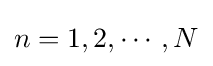
n=1,2,\cdots ,N